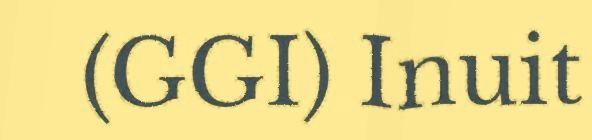
(GGI) Inuit